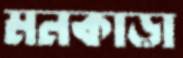
মনকাড়া